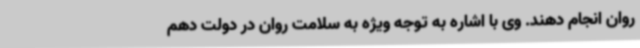
روان انجام دهند. وی با اشاره به توجه ویژه به سلامت روان در دولت دهم